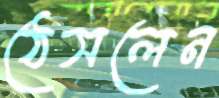
ঠেসলেন